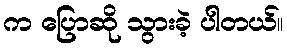
က ပြောဆို သွားခဲ့ ပါတယ်။